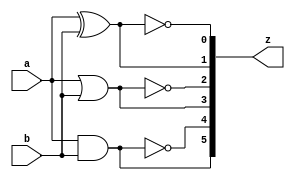
`timescale 1ns / 1ps
//////////////////////////////////////////////////////////////////////////////////
// Company: 
// Engineer: 
// 
// Design Name: 
// Module Name:    gate2 
// Project Name: 
// Target Devices: 
// Tool versions: 
// Description: 
//
// Dependencies: 
//
// Revision: 
// Revision 0.01 - File Created
// Additional Comments: 
//
//////////////////////////////////////////////////////////////////////////////////
module gate2(input wire 		a,b,
				output wire [5:0] z);
							
	assign z[5] = a & b;
	assign z[4] = ~(a & b);
	assign z[3] = a | b;
	assign z[2] = ~(a | b);
	assign z[1] = a ^ b;
	assign z[0] = ~(a ^ b);

endmodule